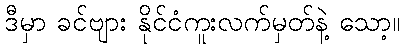
ဒီမှာ ခင်ဗျား နိုင်ငံကူးလက်မှတ်နဲ့ သော့။